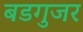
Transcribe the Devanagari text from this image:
बडगुजर